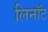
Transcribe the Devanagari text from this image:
लिनॉट